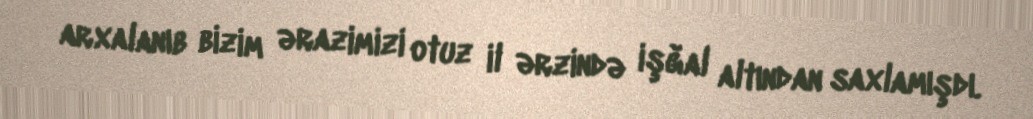
arxalanıb bizim ərazimizi otuz il ərzində işğal altından saxlamışdı.